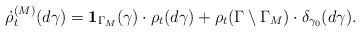
LaTeX: \begin{align*}\dot{\rho}^{(M)}_{t}(d\gamma) = \mathbf{1}_{\Gamma_{M}}(\gamma)\cdot \rho_{t}(d\gamma) + \rho_{t}(\Gamma\setminus \Gamma_{M})\cdot \delta_{\gamma_{0}}(d\gamma).\end{align*}